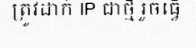
ត្រូវដាក់ IP ជាថ្មី រួចធ្វើ